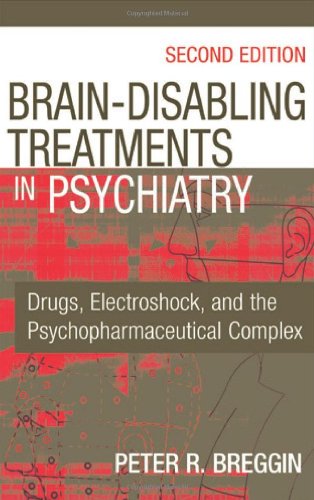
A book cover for Brain Disabling Treatments in Psychiatry: Drugs, Electroshock, and the Psychopharmaceutical Complex; Peter R. Breggin MD; Medical Books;